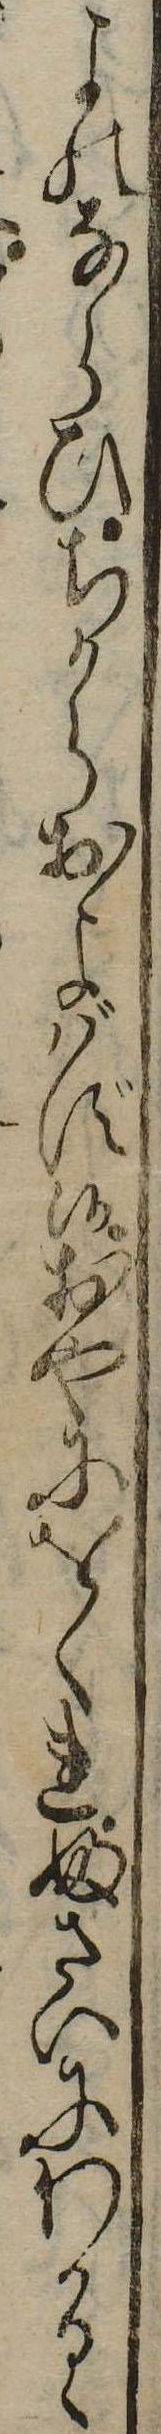
よのならひちからおよばず候おやにをくれふさいにわかるゝ